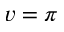
v = \pi